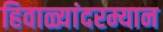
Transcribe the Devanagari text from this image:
हिवाळ्यांदरम्यान